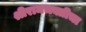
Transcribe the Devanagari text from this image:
श्रीरामभक्तीचा